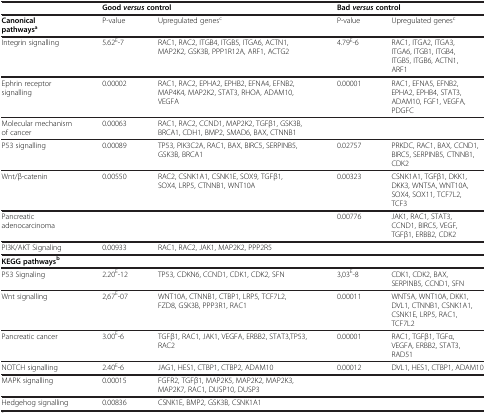
<table><thead><tr><td><b> </b></td><td colspan="2"><b>Good<i>versus</i>control</b></td><td colspan="2"><b>Bad<i>versus</i>control</b></td></tr></thead><tbody><tr><td><b>Canonical pathways</b><sup><b>a</b></sup></td><td>P-value</td><td>Upregulated genes<sup>c</sup></td><td>P-value</td><td>Upregulated genes<sup>c</sup></td></tr><tr><td>Integrin signalling</td><td>5.62<sup>E</sup>-7</td><td>RAC1, RAC2, ITGB4, ITGB5, ITGA6, ACTN1, MAP2K2, GSK3B, PPP1R12A, ARF1, ACTG2</td><td>4.79<sup>E</sup>-6</td><td>RAC1, ITGA2, ITGA3, ITGA6, ITGB1, ITGB4, ITGB5, ITGB6, ACTN1, ARF1</td></tr><tr><td>Ephrin receptor signalling</td><td>0.00002</td><td>RAC1, RAC2, EPHA2, EPHB2, EFNA4, EFNB2, MAP4K4, MAP2K2, STAT3, RHOA, ADAM10, VEGFA</td><td>0.00001</td><td>RAC1, EFNA5, EFNB2, EPHA2, EPHB4, STAT3, ADAM10, FGF1, VEGFA, PDGFC</td></tr><tr><td>Molecular mechanism of cancer</td><td>0.00063</td><td>RAC1, RAC2, CCND1, MAP2K2, TGFβ1, GSK3B, BRCA1, CDH1, BMP2, SMAD6, BAX, CTNNB1</td><td> </td><td> </td></tr><tr><td>P53 signalling</td><td>0.00089</td><td>TP53, PIK3C2A, RAC1, BAX, BIRC5, SERPINB5, GSK3B, BRCA1</td><td>0.02757</td><td>PRKDC, RAC1, BAX, CCND1, BIRC5, SERPINB5, CTNNB1, CDK2</td></tr><tr><td>Wnt/β-catenin</td><td>0.00550</td><td>RAC2, CSNK1A1, CSNK1E, SOX9, TGFβ1, SOX4, LRP5, CTNNB1, WNT10A</td><td>0.00323</td><td>CSNK1A1, TGFβ1, DKK1, DKK3, WNT5A, WNT10A, SOX4, SOX11, TCF7L2, TCF3</td></tr><tr><td>Pancreatic adenocarcinoma</td><td> </td><td> </td><td>0.00776</td><td>JAK1, RAC1, STAT3, CCND1, BIRC5, VEGF, TGFβ1, ERBB2, CDK2</td></tr><tr><td>PI3K/AKT Signaling</td><td>0.00933</td><td>RAC1, RAC2, JAK1, MAP2K2, PPP2R5</td><td> </td><td> </td></tr><tr><td><b>KEGG pathways</b><sup><b>b</b></sup></td><td> </td><td> </td><td> </td><td> </td></tr><tr><td>P53 Signaling</td><td>2.20<sup>E</sup>-12</td><td>TP53, CDKN6, CCND1, CDK1, CDK2, SFN</td><td>3,03<sup>E</sup>-8</td><td>CDK1, CDK2, BAX, SERPINB5, CCND1, SFN</td></tr><tr><td>Wnt signalling</td><td>2,67<sup>E</sup>-07</td><td>WNT10A, CTNNB1, CTBP1, LRP5, TCF7L2, FZD8, GSK3B, PPP3R1, RAC1</td><td>0.00011</td><td>WNT5A, WNT10A, DKK1, DVL1, CTNNB1, CSNK1A1, CSNK1E, LRP5, RAC1, TCF7L2</td></tr><tr><td>Pancreatic cancer</td><td>3.00<sup>E</sup>-6</td><td>TGFβ1, RAC1, JAK1, VEGFA, ERBB2, STAT3,TP53, RAC2</td><td>0.00001</td><td>RAC1, TGFβ1, TGFα, VEGFA, ERBB2, STAT3, RAD51</td></tr><tr><td>NOTCH signalling</td><td>2.40<sup>E</sup>-6</td><td>JAG1, HES1, CTBP1, CTBP2, ADAM10</td><td>0.00012</td><td>DVL1, HES1, CTBP1, ADAM10</td></tr><tr><td>MAPK signalling</td><td>0.00015</td><td>FGFR2, TGFβ1, MAP2K5, MAP2K2, MAP2K3, MAP2K7, RAC1, DUSP10, DUSP3</td><td> </td><td> </td></tr><tr><td>Hedgehog signalling</td><td>0.00836</td><td>CSNK1E, BMP2, GSK3B, CSNK1A1</td><td> </td><td> </td></tr></tbody></table>